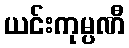
ယင်းကုမ္ပဏီ